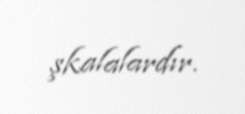
şkalalardır.